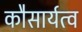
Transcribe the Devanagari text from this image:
कौसार्यत्व